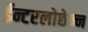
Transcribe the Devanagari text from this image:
ईन्टरलोछेन्न